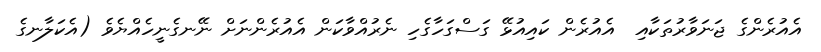
އެއުރެންގެ ޖަނަވާރުތަކާއި  އެއުރެން ކައިއުޅޭ ގަސްގަހާގެހި ނެރުއްވާކަން އެއުރެންނަށް ނޭނގެނީހެއްޔެވެ (އެކަލާނގެ